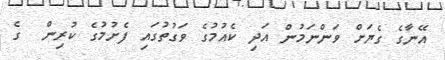
އޭނާގެ ގެޔަށް ވަންނަމުން އަދި ކެއުމުގެ ވަގުތުގައި ފެށުމުގެ ކުރިން  ގެ